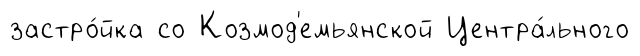
застро́йка со Козмод'емьянской Центра́льного